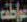
عواطف